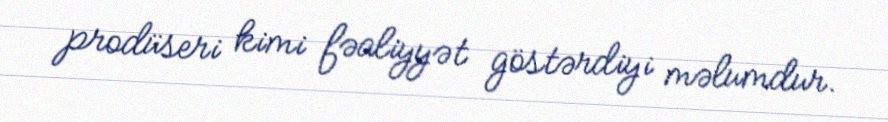
prodüseri kimi fəaliyyət göstərdiyi məlumdur.